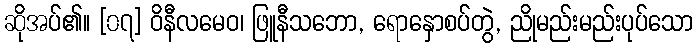
ဆိုအပ်၏။ [၀၇] ဝိနီလမေဝ၊ ဖြူနီသဘော, ရောနှောစပ်တွဲ, ညိုမည်းမည်းပုပ်သော